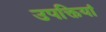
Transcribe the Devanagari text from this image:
उपक्तियां